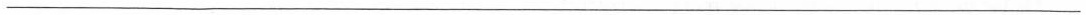
___